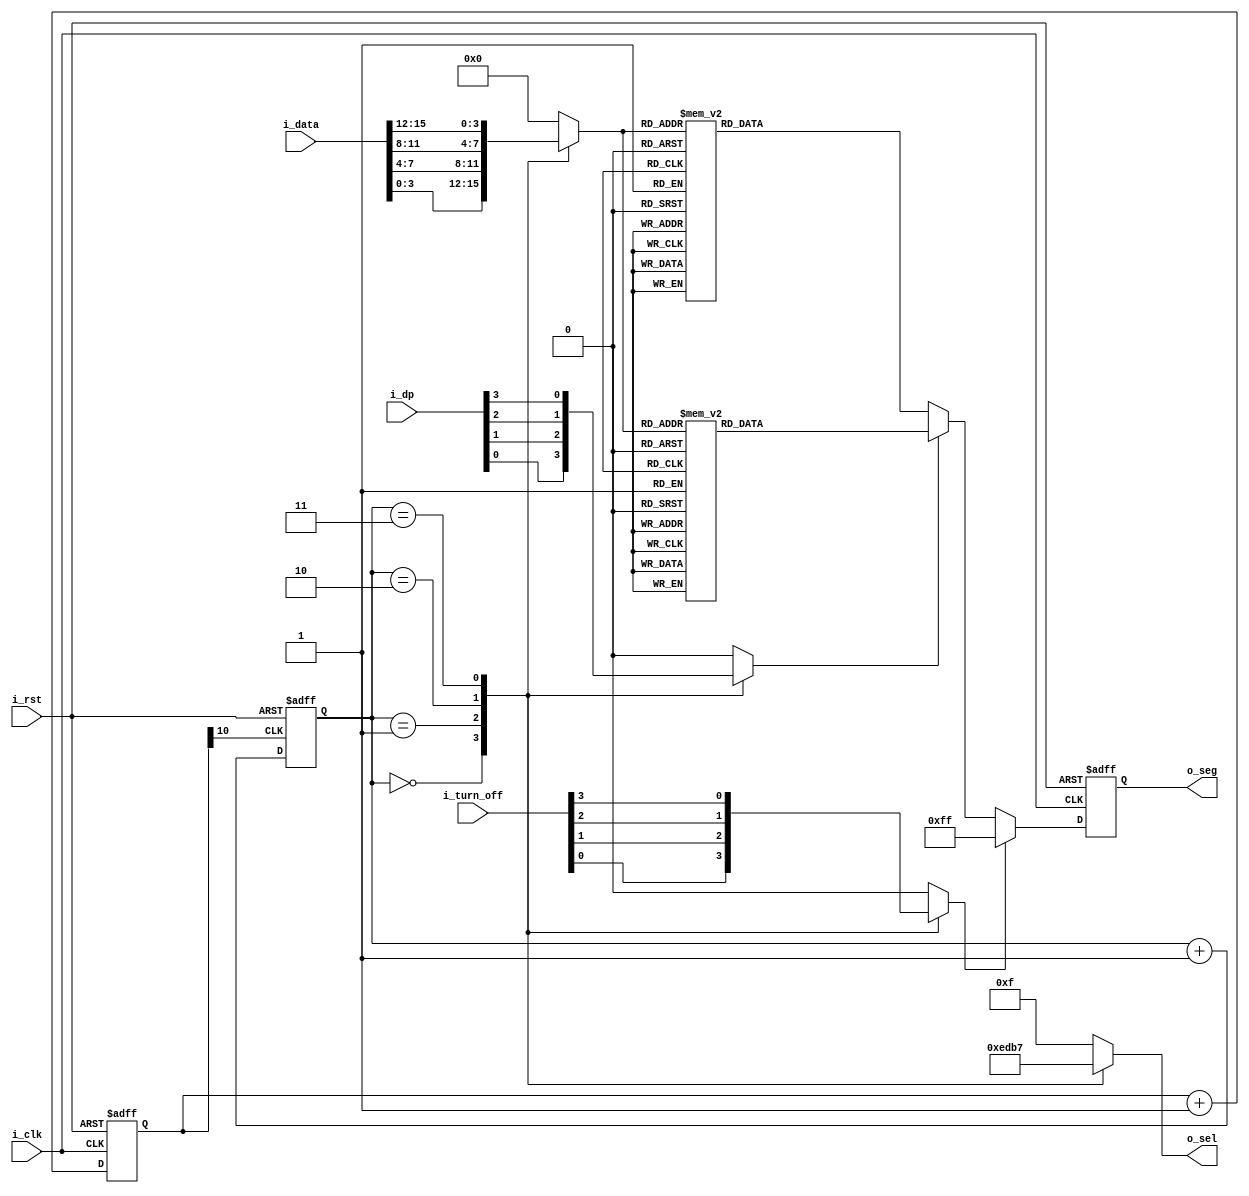
`timescale 1ns / 1ps
module seg_drive(
  input         i_clk,
  input         i_rst,
  
  input  [3:0]  i_turn_off,             // [2]
  input  [3:0]  i_dp,                   // [2]
  input  [15:0] i_data,                 // [16]  

  output [7:0]  o_seg,                  // 
  output [3:0]  o_sel                   // 
);

//++++++++++++++++++++++++++++++++++++++
//  
//++++++++++++++++++++++++++++++++++++++
reg [10:0] cnt;                         

always @ (posedge i_clk or posedge i_rst)
  if (i_rst)
    cnt <= 0;
  else cnt <= cnt + 1'b1;

wire seg7_clk = cnt[10];                
//--------------------------------------
//  
//--------------------------------------


//++++++++++++++++++++++++++++++++++++++
// , seg7_addr 
//++++++++++++++++++++++++++++++++++++++
reg [2:0]  seg7_addr;                   // seg7

always @ (posedge seg7_clk or posedge i_rst)
  if (i_rst)
    seg7_addr <= 0;
  else
    seg7_addr <= seg7_addr + 1'b1;      
//--------------------------------------
// , seg7_addr 
//--------------------------------------


//++++++++++++++++++++++++++++++++++++++
// seg7_addr,  
//++++++++++++++++++++++++++++++++++++++
reg [3:0] o_sel_r;                      // 
always @ (seg7_addr)
   begin
        o_sel_r = 4'b1111;
  case (seg7_addr)
    0 : o_sel_r = 4'b1110;               
    1 : o_sel_r = 4'b1101;               
    2 : o_sel_r = 4'b1011;               
    3 : o_sel_r = 4'b0111;
  endcase
  end
//--------------------------------------
// seg7_addr,  
//--------------------------------------


//++++++++++++++++++++++++++++++++++++++
// seg7_addr,  
//++++++++++++++++++++++++++++++++++++++
reg turn_off_r;                         // 

always @ (seg7_addr or i_turn_off)
begin
        turn_off_r = 1'b0;
  case (seg7_addr)
    0 : turn_off_r = i_turn_off[0];
    1 : turn_off_r = i_turn_off[1];
    2 : turn_off_r = i_turn_off[2];
    3 : turn_off_r = i_turn_off[3];
  endcase
end
//--------------------------------------
// seg7_addr,  
//--------------------------------------


//++++++++++++++++++++++++++++++++++++++
// seg7_addr,  
//++++++++++++++++++++++++++++++++++++++
reg dp_r;                               // 

always @ (seg7_addr or i_dp)
  begin
        dp_r = 1'b0;
  case (seg7_addr)
    0 : dp_r = i_dp[0];
    1 : dp_r = i_dp[1];
    2 : dp_r = i_dp[2];
    3 : dp_r = i_dp[3];
  endcase
  end
//--------------------------------------
// seg7_addr,  
//--------------------------------------


//++++++++++++++++++++++++++++++++++++++
// seg7_addr,  
//++++++++++++++++++++++++++++++++++++++
reg [3:0] seg_data_r;                   // 

always @ (seg7_addr or i_data)
  begin
        seg_data_r = 4'b0000;
  case (seg7_addr)
    0 : seg_data_r = i_data[3:0];
    1 : seg_data_r = i_data[7:4];
    2 : seg_data_r = i_data[11:8];
    3 : seg_data_r = i_data[15:12];
  endcase
  end
//--------------------------------------
// seg7_addr,  
//--------------------------------------


//++++++++++++++++++++++++++++++++++++++
// //
// 
//++++++++++++++++++++++++++++++++++++++
reg [7:0] o_seg_r;                      // 

/*
*     0
*  -------
*  |     |
* 5|  6  |1 
*  -------
*  |     |
* 4|     |2
*  ------- . 7
*    3
*/
always @ (posedge i_clk or posedge i_rst)
  if (i_rst)
    o_seg_r <= 8'hFF;                   // 
  else
    if(turn_off_r)                      // 
      o_seg_r <= 8'hFF;
    else
      if(!dp_r)
      begin
        case(seg_data_r)                // 
          4'h0 : o_seg_r <= 8'hC0;
          4'h1 : o_seg_r <= 8'hF9;
          4'h2 : o_seg_r <= 8'hA4;
          4'h3 : o_seg_r <= 8'hB0;
          4'h4 : o_seg_r <= 8'h99;
          4'h5 : o_seg_r <= 8'h92;
          4'h6 : o_seg_r <= 8'h82;
          4'h7 : o_seg_r <= 8'hF8;
          4'h8 : o_seg_r <= 8'h80;
          4'h9 : o_seg_r <= 8'h90;
          4'hA : o_seg_r <= 8'hFE;
          4'hB : o_seg_r <= 8'hFD;
          4'hC : o_seg_r <= 8'hFB;
          4'hD : o_seg_r <= 8'hF7;
          4'hE : o_seg_r <= 8'hEF;
          4'hF : o_seg_r <= 8'hDF;
        endcase
      end
      else
      begin
        case(seg_data_r)                // 
          4'h0 : o_seg_r <= 8'hC0 ^ 8'h80;
          4'h1 : o_seg_r <= 8'hF9 ^ 8'h80;
          4'h2 : o_seg_r <= 8'hA4 ^ 8'h80;
          4'h3 : o_seg_r <= 8'hB0 ^ 8'h80;
          4'h4 : o_seg_r <= 8'h99 ^ 8'h80;
          4'h5 : o_seg_r <= 8'h92 ^ 8'h80;
          4'h6 : o_seg_r <= 8'h82 ^ 8'h80;
          4'h7 : o_seg_r <= 8'hF8 ^ 8'h80;
          4'h8 : o_seg_r <= 8'h80 ^ 8'h80;
          4'h9 : o_seg_r <= 8'h90 ^ 8'h80;
          4'hA : o_seg_r <= 8'hFE ^ 8'h80;
          4'hB : o_seg_r <= 8'hFD ^ 8'h80;
          4'hC : o_seg_r <= 8'hFB ^ 8'h80;
          4'hD : o_seg_r <= 8'hF7 ^ 8'h80;
          4'hE : o_seg_r <= 8'hEF ^ 8'h80;
          4'hF : o_seg_r <= 8'hDF ^ 8'h80;
        endcase
      end
//--------------------------------------
// //
// 
//--------------------------------------

assign o_sel = o_sel_r;                 // 
assign o_seg = o_seg_r;                 // 

endmodule